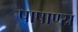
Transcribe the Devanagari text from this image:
पाषाण्स्र